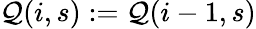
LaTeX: \mathcal{Q}(i,s):=\mathcal{Q}(i-1,s)